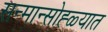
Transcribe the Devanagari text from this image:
सन्मान्सोह्ळ्यात